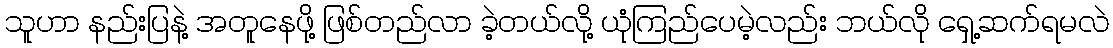
သူဟာ နည်းပြနဲ့ အတူနေဖို့ ဖြစ်တည်လာ ခဲ့တယ်လို့ ယုံကြည်ပေမဲ့လည်း ဘယ်လို ရှေ့ဆက်ရမလဲ